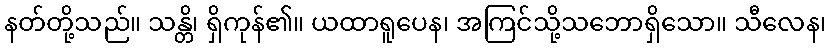
နတ်တို့သည်။ သန္တိ၊ ရှိကုန်၏။ ယထာရူပေန၊ အကြင်သို့သဘောရှိသော။ သီလေန၊